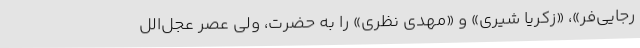
رجایی‌فر»، «زکریا شیری» و «مهدی نظری» را به حضرت، ولی عصر عجل‌الل